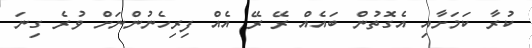
ކުރާ ކަމަށާއި އެގޮތުން ބައެއް ރޭ ރޭ އެއް ފިރިހެނުންނަށް ވުރެ ގިނަ